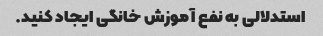
استدلالی به نفع آموزش خانگی ایجاد کنید.